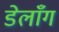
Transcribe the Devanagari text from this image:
डेलाँग